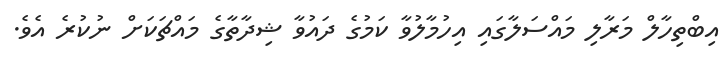
އިބްތިހާލް މަރާލި މައްސަލާގައި އިހުމާލުވާ ކަމުގެ ދައުވާ ޝިދާތާގެ މައްޗަކަށް ނުކުރެ އެވެ.